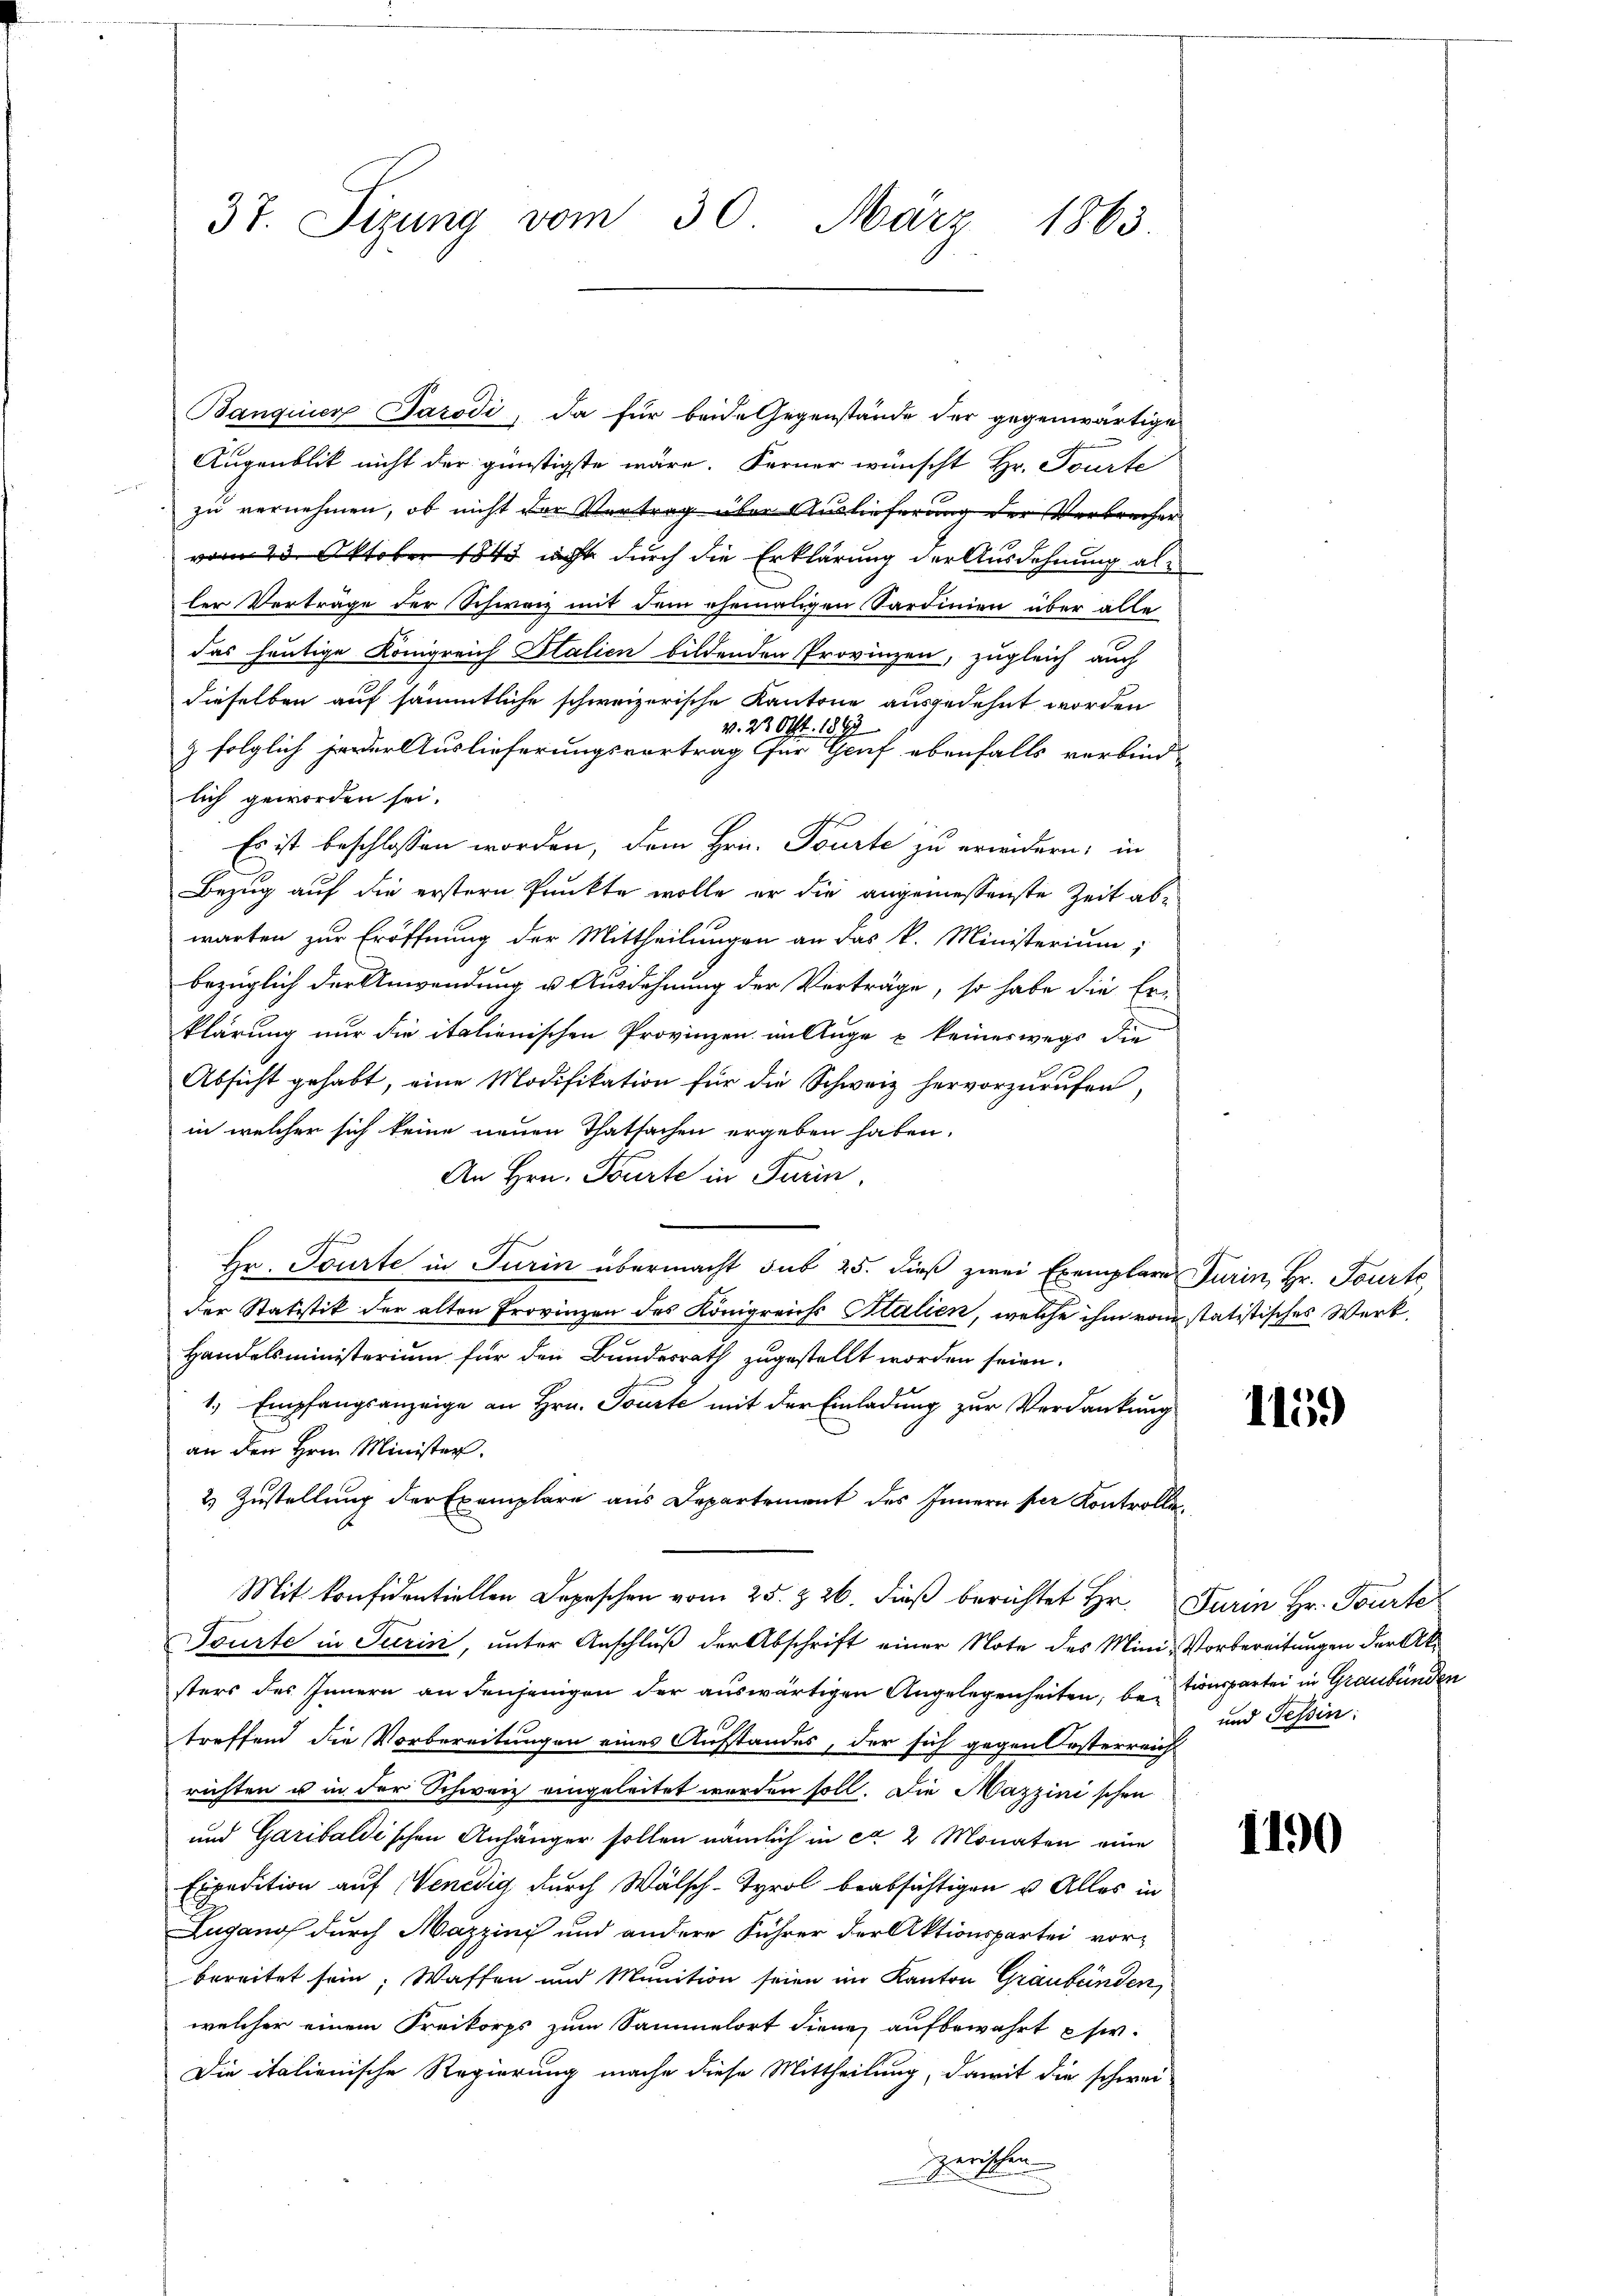
37. Sizung vom 30. März 1863.

Banquer Parodi, da für beide Gegenstände der gegenwärtige
Augenblik nicht der günstigste wäre. Ferner wünscht Hr. Tourte
zu vernehmen, ob nicht der Vortrag über Auslieferung der Verbrecher
vom 23. Oktober 1840 nicht durch die Erklärung der Ausdehnung aller Verträge der Schwarz mit dem ehemaligen Sardinien über alle
das heutige Königreich Italien bildenden Provinzen, zugleich auch
dieselben auf sämmtliche schweizerische Kantone ausgedehnt worden
v. 22. Okt. 1849
z folglich jeder Auslieferungsvortrag für Genf ebenfalls verbind-
lich geworden sei.
Es ist beschlossen worden, dem Hrn. Tourte zu erwidern; in
Bezug auf die erstern Punkte wolle er die angemessenste Zeit abwarten zur Eröffnung der Mittheilungen an das k. Ministerium,
bezüglich der Anwendung u. Ausdehnung der Verträge, so habe die Er-
klärung nur die italienischen Provinzen im Auge u. keineswegs die
Absicht gehabt, eine Modifikation für die Schweiz hervorzurufen,
in welcher sich keine neuen Thatsachen ergeben haben.
An Hrn. Tourte in Turin,
Hr. Tourte in Turin übermacht sub 25. dieß zwei Exemplare Turin, Hr. Tourte,
der Statistik der alten Provinzen des Königreichs Stalien, welche ihm vom statistisches Werk,
Handelsministerium für den Bundesrath zugestellt worden seien.
1.) Empfangsanzeige an Hrn. Tourte mit der Einladung zur Verdankung
an den Hrn. Minister.
2) Zustellung der Exemplare aus Departement des Innern per Kontrolli¬
Mit konfidentiellen Depeschen vom 25. & 26. dieß berichtet Hr. Furin Hr. Tourte
Tourte in Turin, unter Anschluß der Abschrift einer Note des Mini-Vorbereitungen der Aksters des Innern an denjenigen der auswärtigen Angelegenheiten, be- Conspartei in Graubünden
treffend die Vorbereitungen eines Aufstandes, der sich gegen Kosterreich
richten u in der Schweiz eingeleitet worden soll. Die Mazzinischen
und Garibaldischen Anhänger sollen nämlich in ca 2 Monaten eine
Expedition auf Venedig durch Wälsch-Tyrol beabsichtigen u. Alles in
Lugano durch Mazzinis und andere Führer der Aktionspartei vor-
bereitet sein; Waffen und Munition seien im Kanton Graubünden,
welcher einem Freikorps zum Sammelort diene, aufbewahrt w
Die italienische Regierung mache diese Mittheilung, damit die schwei-
zerischen

115.

und Tessin:

1190